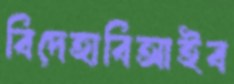
বিদেহাবিআইব